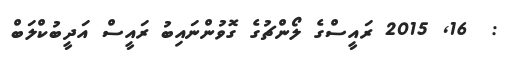
:  16